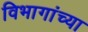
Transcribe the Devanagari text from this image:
विभागांच्‍या